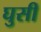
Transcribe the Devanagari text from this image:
घुसीं